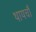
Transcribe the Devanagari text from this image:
थायचौ